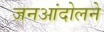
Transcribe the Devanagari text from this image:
जनआंदोलने